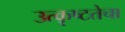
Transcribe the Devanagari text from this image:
उत्कृष्टतेचा